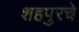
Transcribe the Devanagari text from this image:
शहपुरचे